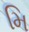
મિ